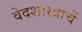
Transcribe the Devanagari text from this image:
वेदशास्त्रांचें